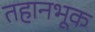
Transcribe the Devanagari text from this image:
तहानभूक